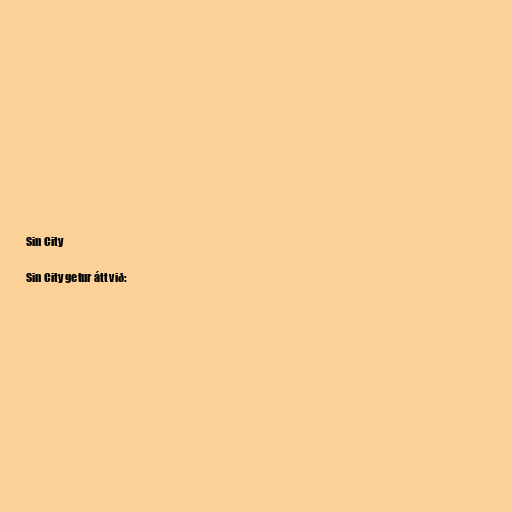
Sin City

Sin City getur átt við: